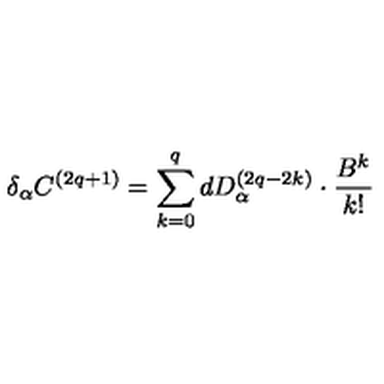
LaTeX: \delta _ { \alpha } C ^ { \left( 2 q + 1 \right) } = \sum _ { k = 0 } ^ { q } d D _ { \alpha } ^ { \left( 2 q - 2 k \right) } \cdot \frac { B ^ { k } } { k ! }